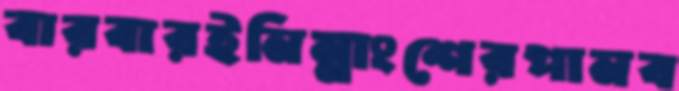
বারবারইনিম্নাংশেরপানব